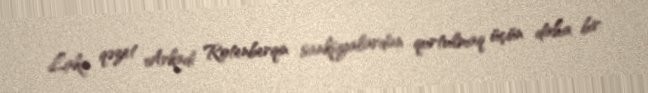
Lakin qəzet Arkadi Rotenberqin sanksiyalardan qurtulmaq üçün daha bir